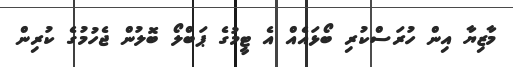
މާޒިޔާ އިން ހުރަސްކުރި ބޯޅައެއް އެ ޓީމުގެ ޕަބްލޯ ބޮލުން ޖެހުމުގެ ކުރިން